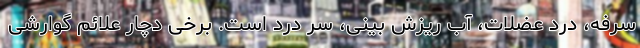
سرفه، درد عضلات، آب ریزش بینی، سر درد است. برخی دچار علائم گوارشی